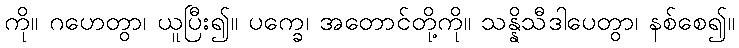
ကို။ ဂဟေတွာ၊ ယူပြီး၍။ ပက္ခေ၊ အတောင်တို့ကို။ သန္နိသီဒါပေတွာ၊ နစ်စေ၍။